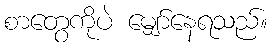
စာတွေကိုပဲ မျှော်နေရသည်။